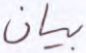
بيان